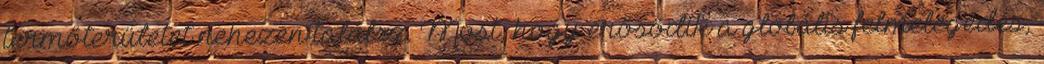
termőterületet nehezen találsz. Most, hogy erősödik a globális felmelegedés,